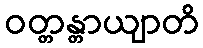
ဝတ္တန္တာယျာတိ